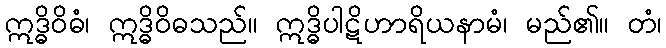
ဣဒ္ဓိဝိဓံ၊ ဣဒ္ဓိဝိဓသည်။ ဣဒ္ဓိပါဋိဟာရိယနာမံ၊ မည်၏။ တံ၊